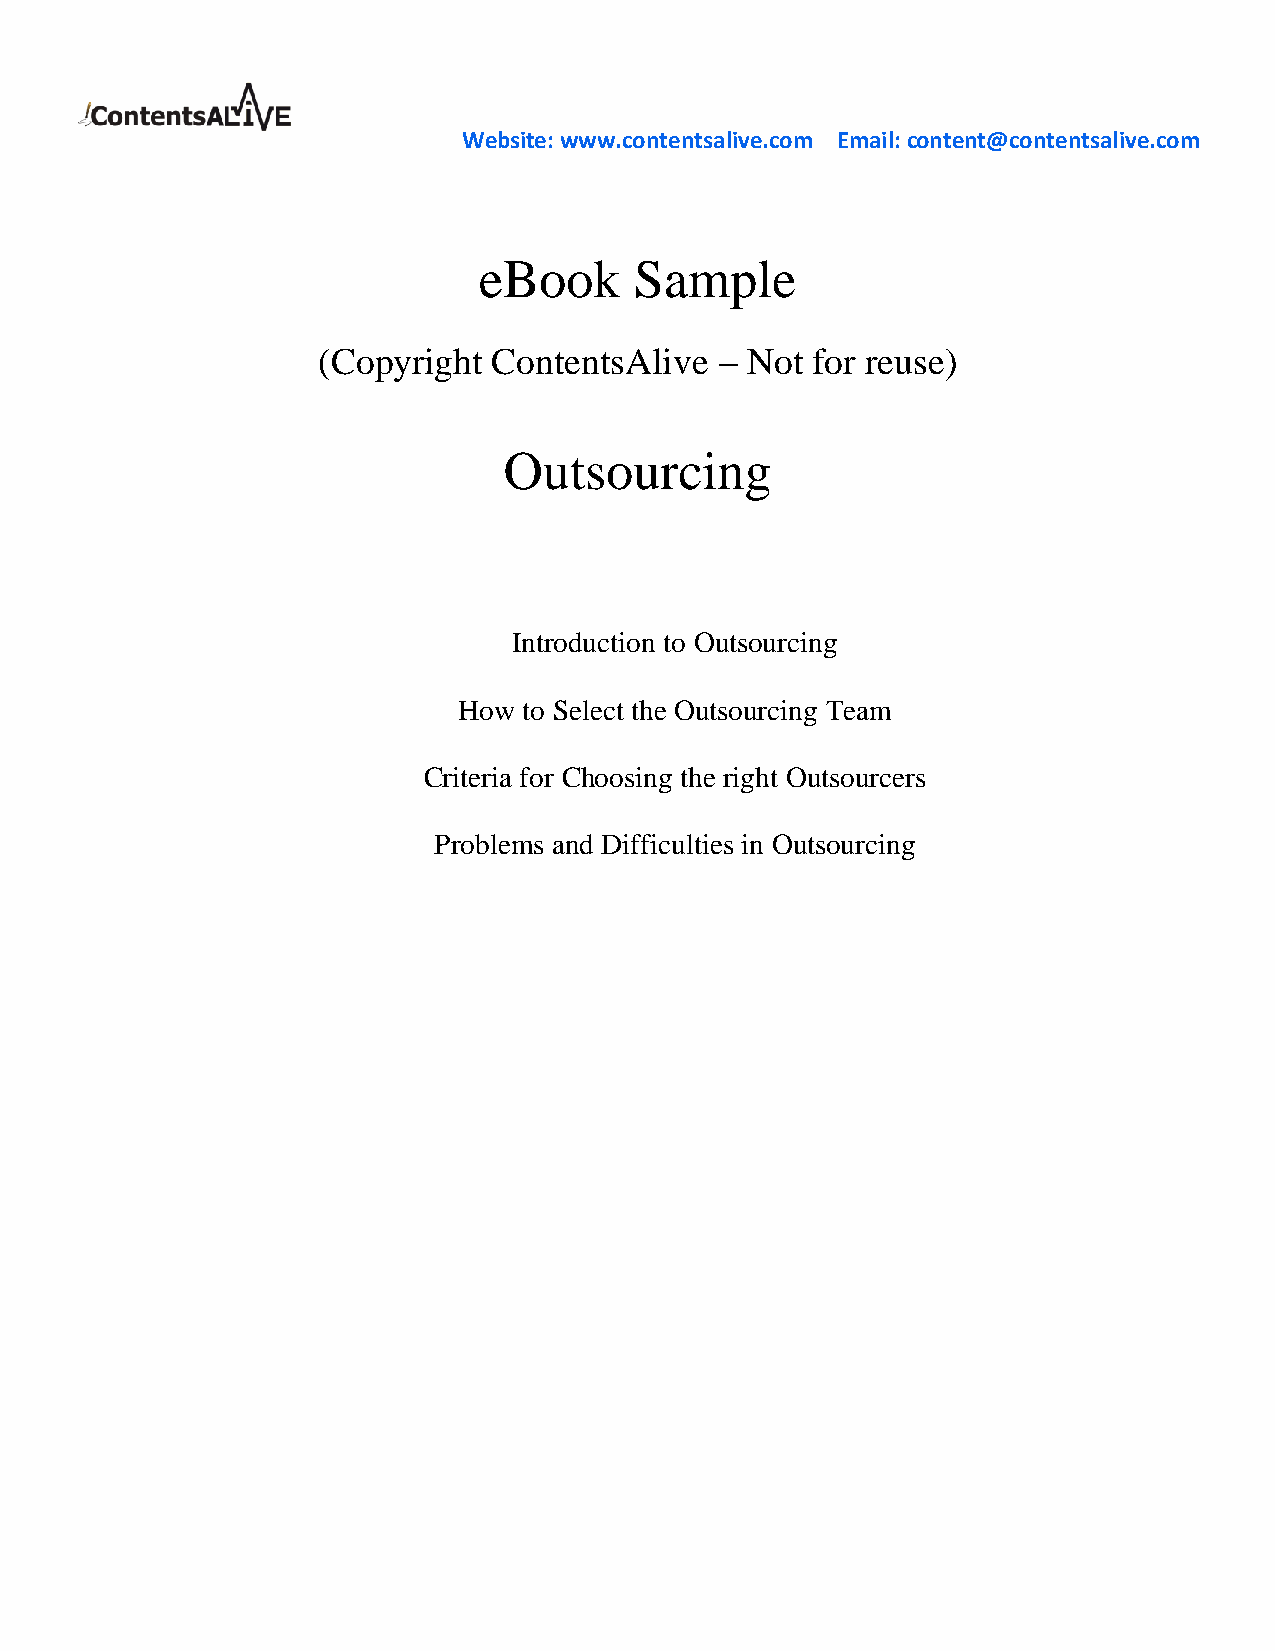
Website: www.contentsalive.com Email: content@contentsalive.com
 eBook     Sample
 (Copyright  ContentsAlive  – Not for reuse)
 Outsourcing
 Introduction to Outsourcing
 How  to Select the Outsourcing Team
 Criteria for Choosing the right Outsourcers
 Problems and Difficulties in Outsourcing